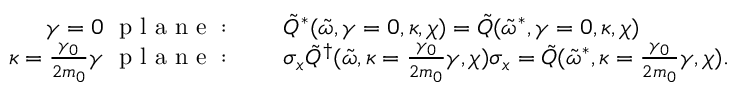
\begin{array} { r l } { \gamma = 0 \ \mathrm { ~ p ~ l ~ a ~ n ~ e ~ : ~ } } & { { } \quad \tilde { Q } ^ { * } ( \tilde { \omega } , \gamma = 0 , \kappa , \chi ) = \tilde { Q } ( \tilde { \omega } ^ { * } , \gamma = 0 , \kappa , \chi ) } \\ { \kappa = \frac { \gamma _ { 0 } } { 2 m _ { 0 } } \gamma \ \mathrm { ~ p ~ l ~ a ~ n ~ e ~ : ~ } } & { { } \quad \sigma _ { x } \tilde { Q } ^ { \dagger } ( \tilde { \omega } , \kappa = \frac { \gamma _ { 0 } } { 2 m _ { 0 } } \gamma , \chi ) \sigma _ { x } = \tilde { Q } ( \tilde { \omega } ^ { * } , \kappa = \frac { \gamma _ { 0 } } { 2 m _ { 0 } } \gamma , \chi ) . } \end{array}